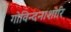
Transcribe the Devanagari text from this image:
गोविन्दनाशारि